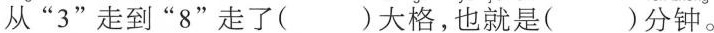
从'3”走到”8”走了( )大格，也就是( )分钟。